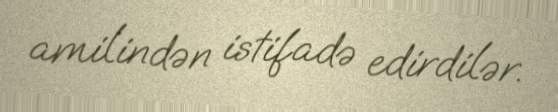
amilindən istifadə edirdilər.